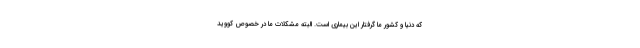
که دنیا و کشور ما گرفتار این بیماری است. البته مشکلات ما در خصوص کووید